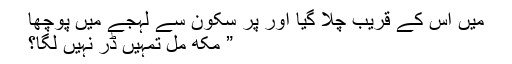
میں اس کے قریب چلا گیا اور پر سکون سے لہجے میں پوچھا
” مکھ مل تمہیں ڈر نہیں لگا؟